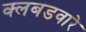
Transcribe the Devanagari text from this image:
क्लबडवारे